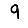
Digit: 9